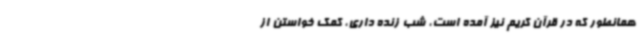
همانطور که در قرآن کریم نیز آمده است، شب زنده داری، کمک خواستن از